Medical and sanitary report of the native army of Madras for the year
Year: 1876
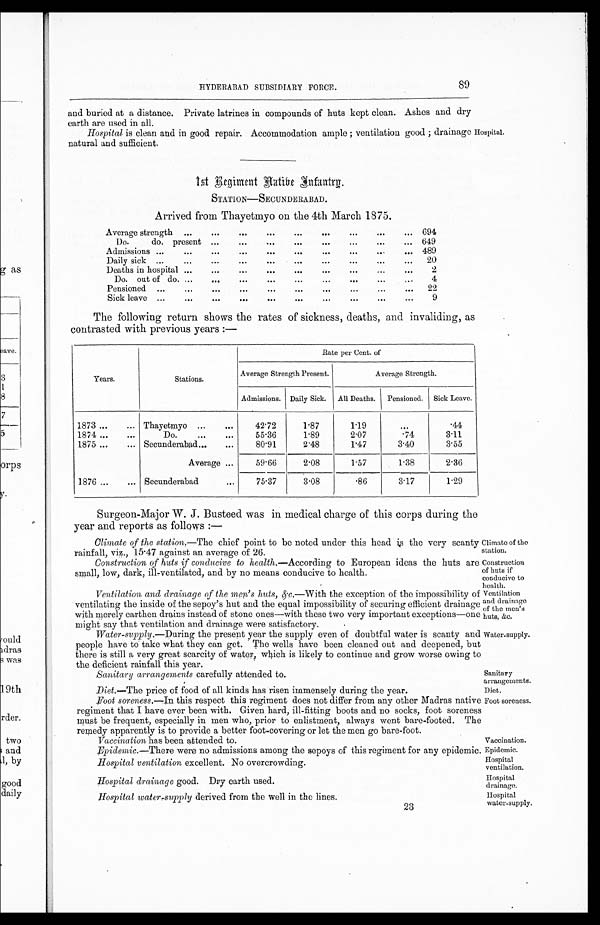
Climate of the
station.
Construction
of huts if
conducive to
health.
Ventilation
and drainage
of the men's
huts, &c.
Water-supply.
Sanitary
arrangements.
Diet.
Vaccination has been attended to.
Vaccination.
Hospital
ventilation.
Hospital
drainage.
Hospital
water-supply.
HYDERABAD SUBSIDIARY FORCE.
89
and buried at a distance. Private latrines in compounds of huts kept clean. Ashes and dry
earth are used in all.
Hospital is clean and in good repair. Accommodation ample ; ventilation good ; drainage Hospital.
natural and sufficient.
1st Regiment Native Infantry.
STATION—SECUNDERABAD.
Arrived from Thayetmyo on the 4th March 1875.
Average strength
... ... ... ... ... ... ... ...
...
694
Do.
do. present ...
... ... ... ... ...
...
...
649
Admissions ...
...
... ... ... ... ...
489
Daily sick ...
...
...
...
...
...
...
...
20
Deaths in hospital ...
...
...
... ... ...
...
2
Do. out of do. ...
...
...
...
...
...
...
...
4
Pensioned
...
...
...
...
...
...
22
Sick leave ...
... ... ... ... ... ... ...
9
The following return shows the rates of sickness, deaths, and invaliding, as
contrasted with previous years :
—
Years.
Stations.
Rate per Cent. of
Average Strength Present.
Average Strength.
Admissions. Daily Sick.
All Deaths.
Pensioned. Sick Leave.
1873 ...
... Thayetmyo ...
...
42.72
1.87
1.19
...
.44
1874
...
...
Do.
...
...
55.36
1 . 8 9
2.07
.74
3.11
1875 ...
... Secunderabad
...
...
80.91
2.48
1.47
3.40
3.55
Average ...
59.66
2.08
1.57
1.38
2.36
1876 ...
.... Secunderabad
. . .
75.37
3.08
.86
3.17
1.29
Surgeon-Major W. J. Busteed was in medical charge of this corps during the
year and reports as follows :—
Climate of the station.—The chief point to be noted under this head is the very scanty
rainfall. viz.. 15.47 against an average of 26.
Construction of huts conducive to health. —According to European ideas the huts are
small, low, dark, ill-ventilated, and by no means conducive to health.
Ventilation and drainage of the men's huts, &c, —With the exception of the impossibility of
ventilating the inside of the sepoy's hut and the equal impossibility of securing efficient drainage
with merely earthen drains instead of stone ones—with these two very important exceptions—one
might say that ventilation and drainage were satisfactory.
•
Water-supply. —During the present year the supply even of doubtful water is scanty and
people have to take what they can get. The wells have been cleaned out and deepened, but
there is still a very great scarcity of water, which is likely to continue and grow worse owing to
the rainfall this year.
Sanitary arrangements carefully attended to.
Diet. —The price of food of all kinds has risen immensely during the year.
Foot soreness.—ln this respect this regiment does not differ from any other Madras native
regiment that I have ever been with. Given hard, ill-fitting boots and no socks, foot soreness
must be frequent, especially in men who, prior to enlistment, always went bare-footed. The
remedy apparently is to provide a better foot-covering or let the men go bare-foot.
Foot soreness.
Epidemic.—There were no admissions among the sepoys of this regiment for any epidemic. Epidemic.
Hospital ventilation excellent. No overcrowding.
Hospital drainage good. Dry earth used.
Hospital water-supply derived from the well in the lines.
23